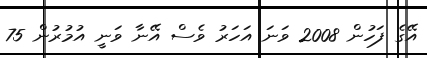
އޭގެ ފަހުން 2008 ވަނަ އަހަރު ވެސް އޭނާ ވަނީ އުމުރުން 75